Civil Veterinary Department. Central Provinces & Berar 1932-41 - 1932-1941
Year: 1932
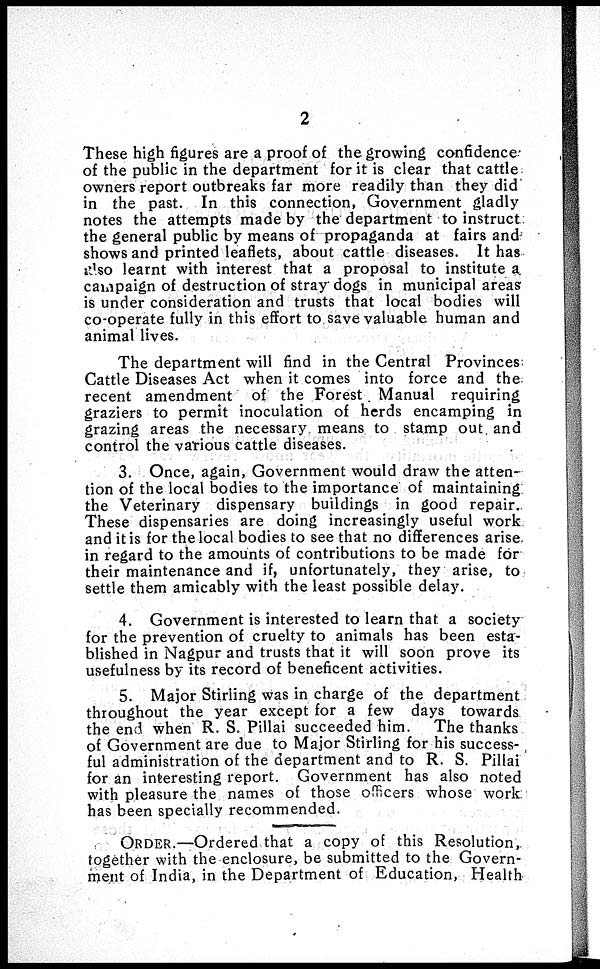
2
These high figures are a proof of the growing confidence
of the public in the department for it is clear that cattle
owners report outbreaks far more readily than they did
in the past. In this connection, Government gladly
notes the attempts made by the department to instruct
the general public by means of propaganda at fairs and
shows and printed leaflets, about cattle diseases. It has
also learnt with interest that a proposal to institute a
campaign of destruction of stray dogs in municipal areas
is under consideration and trusts that local bodies will
co-operate fully in this effort to save valuable human and
animal lives.
The department will find in the Central Provinces
Cattle Diseases Act when it comes into force and the
recent amendment of the Forest Manual requiring
graziers to permit inoculation of herds encamping in
grazing areas the necessary means to stamp out and
control the various cattle diseases.
3. Once, again, Government would draw the atten-
tion of the local bodies to the importance of maintaining
the Veterinary dispensary buildings in good repair.
These dispensaries are doing increasingly useful work
and it is for the local bodies to see that no differences arise
in regard to the amounts of contributions to be made for
their maintenance and if, unfortunately, they arise, to
settle them amicably with the least possible delay.
4. Government is interested to learn that a society
for the prevention of cruelty to animals has been esta-
blished in Nagpur and trusts that it will soon prove its
usefulness by its record of beneficent activities.
5. Major Stirling was in charge of the department
throughout the year except for a few days towards
the end when R. S. Pillai succeeded him. The thanks
of Government are due to Major Stirling for his success-
ful administration of the department and to R. S. Pillai
for an interesting report. Government has also noted
with pleasure the names of those officers whose work
has been specially recommended.
ORDER.—Ordered that a copy of this Resolution,
together with the enclosure, be submitted to the Govern-
ment of India, in the Department of Education, Health